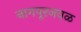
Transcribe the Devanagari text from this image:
नागपूरजवळ